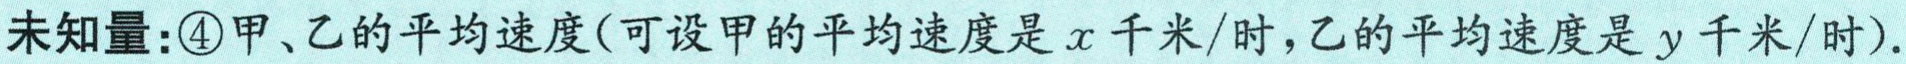
未知量：\textcircled{4}甲、乙的平均速度(可设甲的平均速度是\(x\)千米/时，乙的平均速度是\(y\)千米/时).